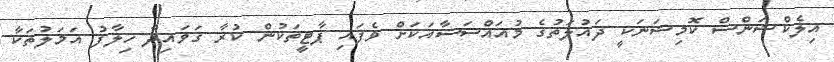
އިލެކްޝަންސް ކޮމިޝަނަކީ ދައުލަތުގެ މުއައްސަސާއަކަށް ވެފައި ޕާޓީތަކުން ކުރާ ގަވައިދާ ހިލާފު އަމަލުތަކާ